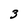
Character: 3